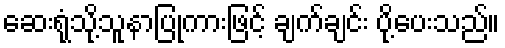
ဆေးရုံသို့သူနာပြုကားဖြင့် ချက်ချင်း ပို့ပေးသည်။